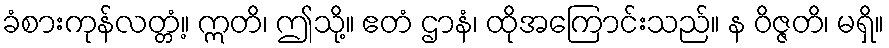
ခံစားကုန်လတ္တံ့။ ဣတိ၊ ဤသို့။ ဧတံ ဌာနံ၊ ထိုအကြောင်းသည်။ န ဝိဇ္ဇတိ၊ မရှိ။